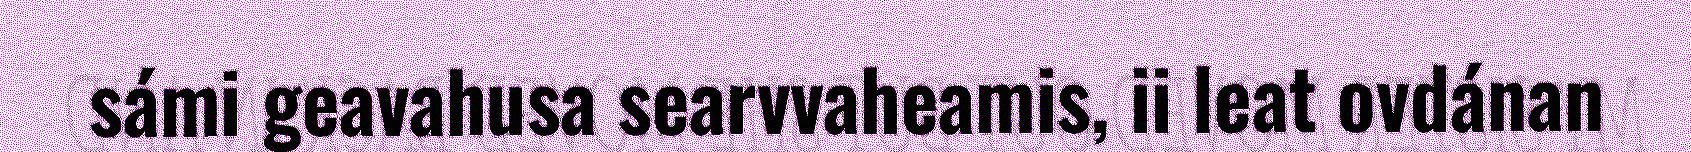
sámi geavahusa searvvaheamis, ii leat ovdánan